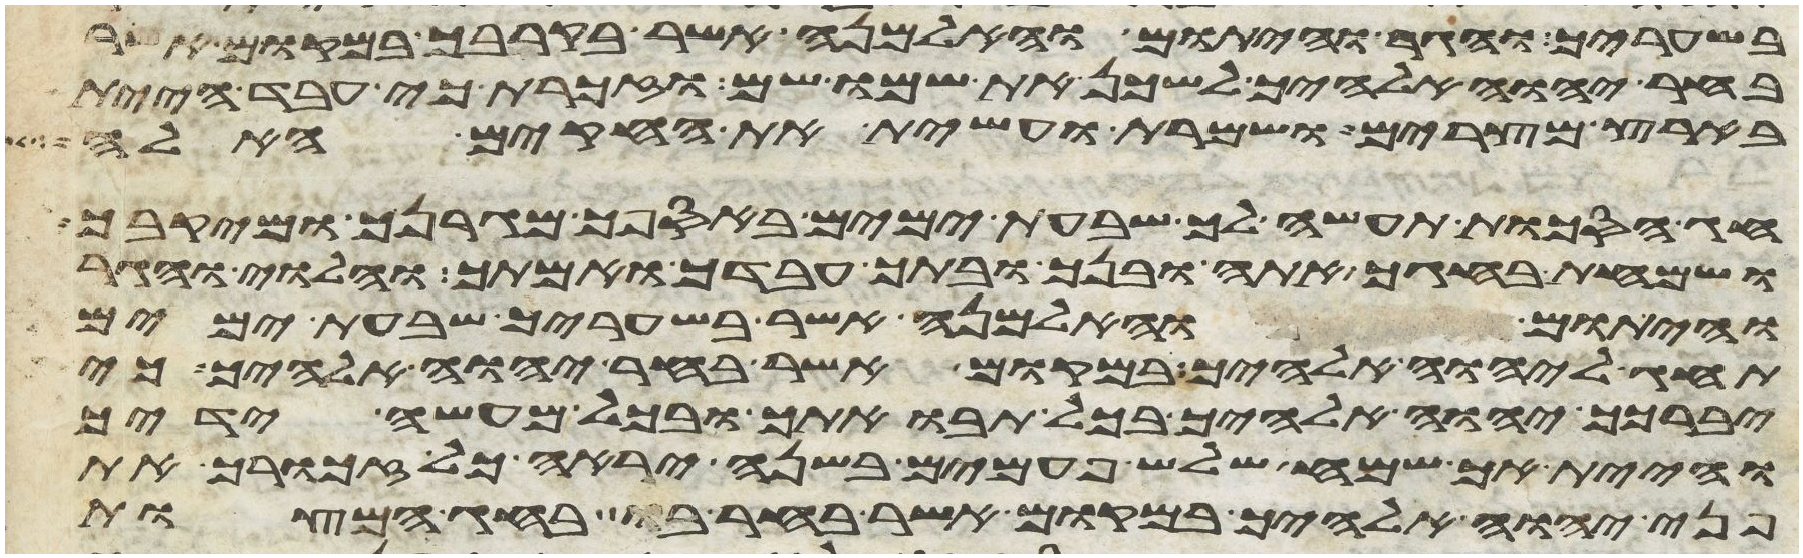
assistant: בשעריך והגר והיתום והאלמנה אשר בקרבך במקום אשר
בחר יהוה אלהיך לשכן את שמו שם וזכרת כי עבד היית
בארץ מצרים ושמרת ועשית את החקים האלה
חג הסכות תעשה לך שבעת ימים באספך מגרנך ומיקבך
ושמחת בחגך אתה ובנך ובתך עבדך ואמתך והלוי והגר
והיתום והאלמנה אשר בשעריך שבעת ימים
תחג ליהוה אלהיך במקום אשר בחר יהוה אלהיך כי
יברכך יהוה אלהיך בכל תבואתך ובכל מעשה ידיך
והיית אך שמח שלש פעמים בשנה יראה כל זכורך את
פני יהוה אלהיך במקום אשר בחר בו בחג המצות